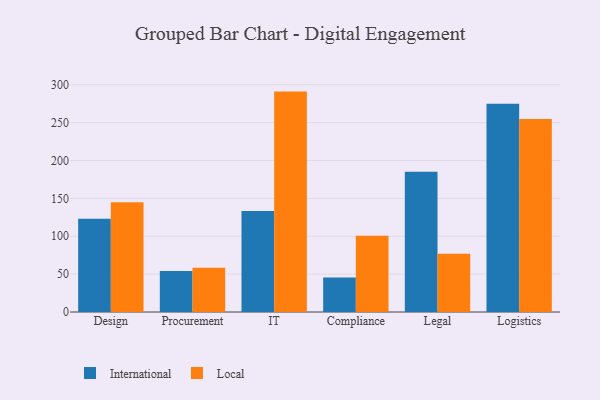
{"axis": {"x": "Department", "y": "Population (Million)"}, "legend": ["International", "Local"], "data": [{"x": "Design", "y": 123.2, "type": "International"}, {"x": "Design", "y": 144.8, "type": "Local"}, {"x": "Procurement", "y": 54.2, "type": "International"}, {"x": "Procurement", "y": 58.5, "type": "Local"}, {"x": "IT", "y": 133.3, "type": "International"}, {"x": "IT", "y": 291.0, "type": "Local"}, {"x": "Compliance", "y": 45.7, "type": "International"}, {"x": "Compliance", "y": 100.8, "type": "Local"}, {"x": "Legal", "y": 185.1, "type": "International"}, {"x": "Legal", "y": 77.0, "type": "Local"}, {"x": "Logistics", "y": 275.1, "type": "International"}, {"x": "Logistics", "y": 254.9, "type": "Local"}]}